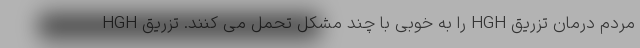
مردم درمان تزریق HGH را به خوبی با چند مشکل تحمل می کنند. تزریق HGH